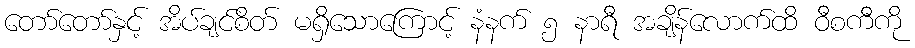
တော်တော်နှင့် အိပ်ချင်စိတ် မရှိသောကြောင့် နံနက် ၅ နာရီ အချိန်လောက်ထိ ဝီစကီကို